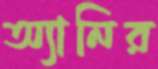
অ্যানির